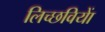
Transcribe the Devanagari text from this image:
लिच्छवियाें